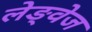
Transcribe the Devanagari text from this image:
लेङ्वेज